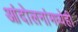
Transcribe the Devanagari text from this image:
आंदोलनांमध्येही